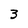
Character: 3